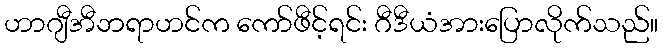
ဟာဂျီအီဘရာဟင်က ကော်ဖီင့်ရင်း ဂီဒီယံအားပြောလိုက်သည်။